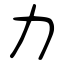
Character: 力